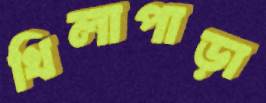
খিলাপাড়া